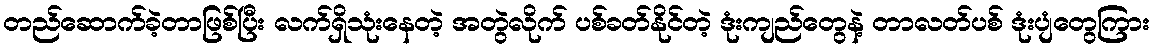
တည်ဆောက်ခဲ့တာဖြစ်ပြီး လက်ရှိသုံးနေတဲ့ အတွဲလိုက် ပစ်ခတ်နိုင်တဲ့ ဒုံးကျည်တွေနဲ့ တာလတ်ပစ် ဒုံးပျံတွေကြား